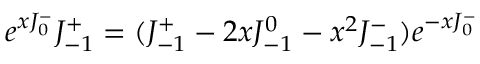
e ^ { x J _ { 0 } ^ { - } } J _ { - 1 } ^ { + } = ( J _ { - 1 } ^ { + } - 2 x J _ { - 1 } ^ { 0 } - x ^ { 2 } J _ { - 1 } ^ { - } ) e ^ { - x J _ { 0 } ^ { - } }